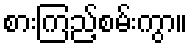
စားကြည့်စမ်းကွာ။